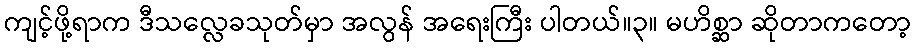
ကျင့်ဖို့ရာက ဒီသလ္လေခသုတ်မှာ အလွန် အရေးကြီး ပါတယ်။၃။ မဟိစ္ဆာ ဆိုတာကတော့